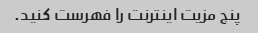
پنج مزیت اینترنت را فهرست کنید.